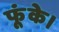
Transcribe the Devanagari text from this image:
फूंके।